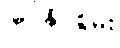
မြင်နိုင်စွမ်း